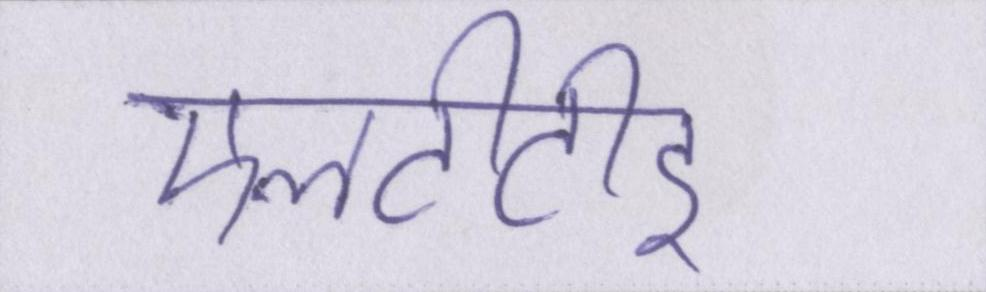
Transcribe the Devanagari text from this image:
एलटीटीइ